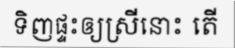
ទិញផ្ទះឲ្យស្រីនោះ តើ